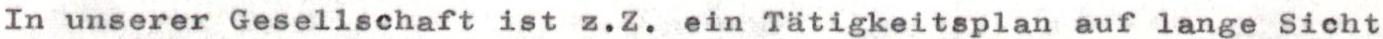
In unserer Gesellschaft ist z.Z. ein Tätigkeitsplan auf lange Sicht